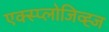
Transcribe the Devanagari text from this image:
एक्स्प्लोजिव्ह्ज